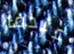
عندما